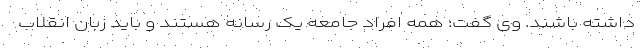
داشته باشند. وی گفت: همه افراد جامعه یک رسانه هستند و باید زبان انقلاب